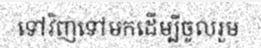
ទៅវិញទៅមកដើម្បីចូលរួម